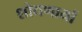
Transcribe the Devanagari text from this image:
शोधणार्या